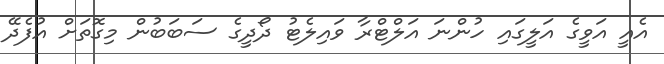
އެއީ އަވީގެ އަލީގައި ހުންނަ އަލްޓްރާ ވައިލެޓު ދޯދީގެ ސަބަބުން މިގޮތަށް އުފެދޭ